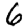
Digit: 6